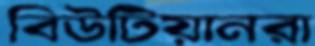
বিউটিয়ানরা